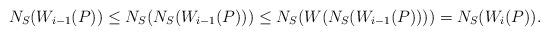
LaTeX: \begin{align*}N_S(W_{i-1}(P))\leq N_S(N_S(W_{i-1}(P)))\leq N_S(W(N_S(W_{i-1}(P))))=N_S(W_i(P)).\end{align*}